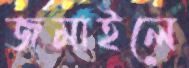
জমাইলে